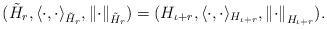
LaTeX: \begin{align*}( \tilde{H}_r ,\langle \cdot, \cdot \rangle_{ \tilde{H}_r },\left\| \cdot \right\|_{ \tilde{H}_r } )=( H_{\iota+r} ,\langle \cdot, \cdot \rangle_{ H_{\iota+r} },\left\| \cdot \right\|_{ H_{\iota+r} } ).\end{align*}